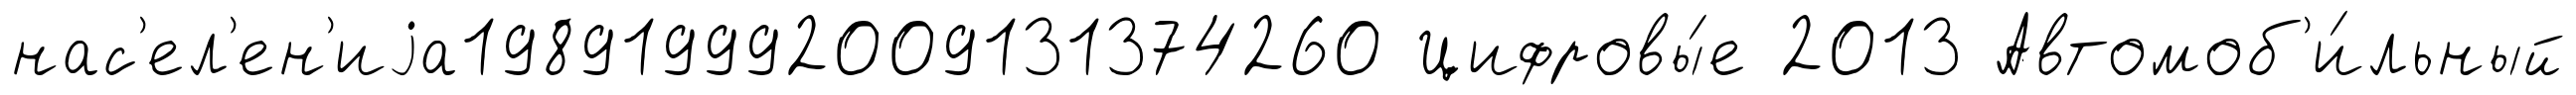
нас'ел'ен'иjа198919992009131374260 Цифровы́е 2013 Автомоб'и́льный